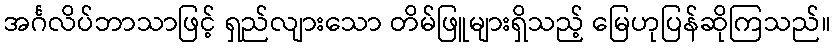
အင်္ဂလိပ်ဘာသာဖြင့် ရှည်လျားသော တိမ်ဖြူများရှိသည့် မြေဟုပြန်ဆိုကြသည်။